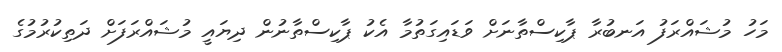
މަހު މުޝައްރަފު އަނބުރާ ޕާކިސްތާނަށް ވަޑައިގަތުމާ އެކު ޕާކިސްތާނުން ދިޔައީ މުޝައްރަފަށް ދަތިކުރުމުގެ